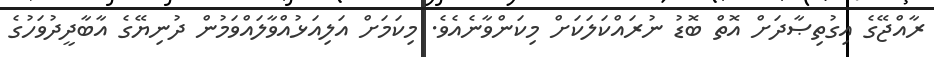
ރާއްޖޭގެ އިގުތިޞާދަށް އޮތް ބޮޑު ނުރައްކަލަކަށް މިކަންވާނެއެވެ. މިކަމަށް އަލިއަޅުއްވާލައްވަމުން ދުނިޔޭގެ އާބާދީދުވަހުގެ